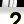
Digit: 2